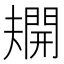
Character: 𫯿